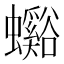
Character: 𧕉